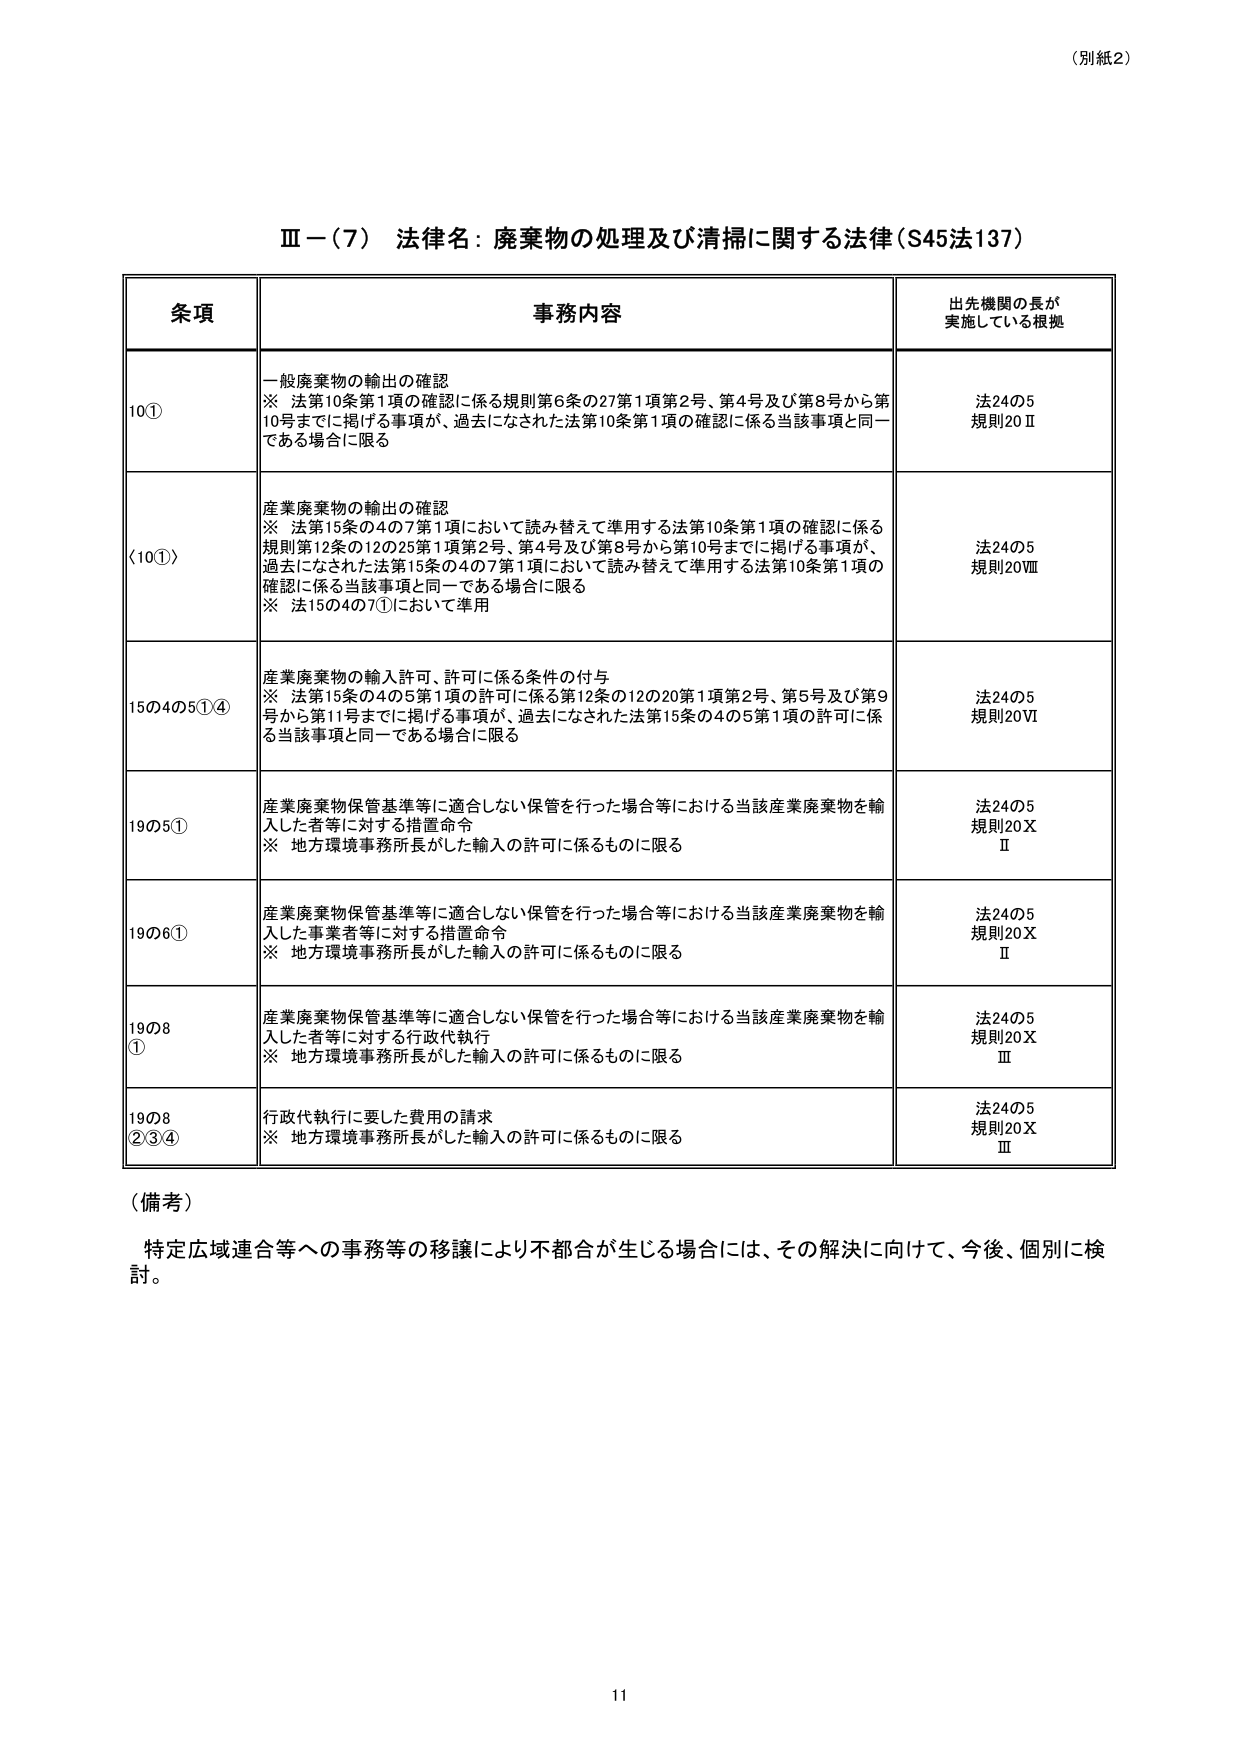
（別紙2）

Ⅲ－（7） 法律名：廃棄物の処理及び清掃に関する法律（S45法137）

条項 事務内容 出先機関の長が 実施している根拠

10① 一般廃棄物の輸出の確認 ※ 法第10条第1項の確認に係る規則第6条の27第1項第2号、第4号及び第8号から第10号までに掲げる事項が、過去になされた法第10条第1項の確認に係る当該事項と同一である場合に限る 法24の5 規則20Ⅱ

（10①） 産業廃棄物の輸出の確認 ※ 法第15条の4の7第1項において読み替えて準用する法第10条第1項の確認に係る規則第12条の12の25第1項第2号、第4号及び第8号から第10号までに掲げる事項が、過去になされた法第15条の4の7第1項において読み替えて準用する法第10条第1項の確認に係る当該事項と同一である場合に限る ※ 法15の4の7①において準用 法24の5 規則20Ⅷ

15の4の5①④ 産業廃棄物の輸入許可、許可に係る条件の付与 ※ 法第15条の4の5第1項の許可に係る第12条の12の20第1項第2号、第5号及び第9号から第11号までに掲げる事項が、過去になされた法第15条の4の5第1項の許可に係る当該事項と同一である場合に限る 法24の5 規則20Ⅵ

19の5① 産業廃棄物保管基準等に適合しない保管を行った場合等における当該産業廃棄物を輸入した者等に対する措置命令 ※ 地方環境事務所長がした輸入の許可に係るものに限る 法24の5 規則20Ⅹ Ⅱ

19の6① 産業廃棄物保管基準等に適合しない保管を行った場合等における当該産業廃棄物を輸入した事業者等に対する措置命令 ※ 地方環境事務所長がした輸入の許可に係るものに限る 法24の5 規則20Ⅹ Ⅱ

19の8 ① 産業廃棄物保管基準等に適合しない保管を行った場合等における当該産業廃棄物を輸入した者等に対する行政代執行 ※ 地方環境事務所長がした輸入の許可に係るものに限る 法24の5 規則20Ⅹ Ⅲ

19の8 ②③④ 行政代執行に要した費用の請求 ※ 地方環境事務所長がした輸入の許可に係るものに限る 法24の5 規則20Ⅹ Ⅲ

（備考） 特定広域連合等への事務等の移譲により不都合が生じる場合には、その解決に向けて、今後、個別に検討。

11